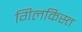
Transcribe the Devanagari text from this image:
गिलकिस्त